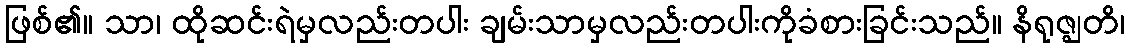
ဖြစ်၏။ သာ၊ ထိုဆင်းရဲမှလည်းတပါး ချမ်းသာမှလည်းတပါးကိုခံစားခြင်းသည်။ နိရုဇ္ဈတိ၊